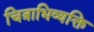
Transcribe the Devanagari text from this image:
चित्राभिव्यक्ति